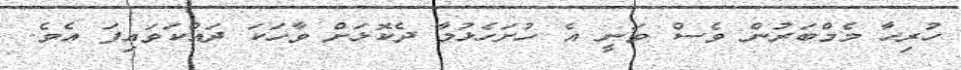
ހުރިހާ މެމްބަރުން ވެސް ވަނީ އެ ހުށަހެޅުމާ ދެކޮޅަށް ވާހަކަ ދައްކަވައިފަ އެވެ.